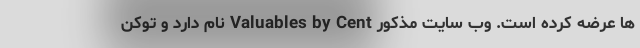
ها عرضه کرده است. وب سایت مذکور Valuables by Cent نام دارد و توکن